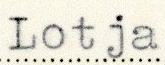
Lotja